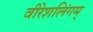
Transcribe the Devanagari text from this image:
वीरेशलिंगम्